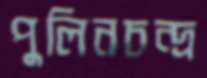
পুলিনচন্দ্র